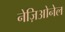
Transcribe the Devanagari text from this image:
नेज़िओनेल